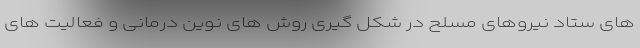
های ستاد نیروهای مسلح در شکل گیری روش های نوین درمانی و فعالیت های